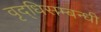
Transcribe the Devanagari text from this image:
वृद्धिसम्बन्धी